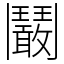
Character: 鬫